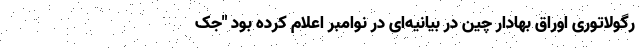
رگولاتوری اوراق بهادار چین در بیانیه‌ای در نوامبر اعلام کرده بود "جک